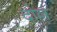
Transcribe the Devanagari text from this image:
दोल्ल